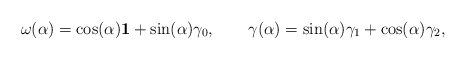
\begin{align*}{\bf \omega}(\alpha) = \cos(\alpha) {\bf 1} + \sin(\alpha){\bf \gamma}_0,\qquad{\bf \gamma}(\alpha) = \sin(\alpha) {\bf \gamma}_1 +\cos(\alpha){\bf \gamma}_2,\end{align*}